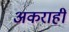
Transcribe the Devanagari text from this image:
अकराहीं